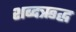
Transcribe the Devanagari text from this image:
शब्दऋद्ध